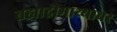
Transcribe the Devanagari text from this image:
सह्याद्रीमाथ्यावर